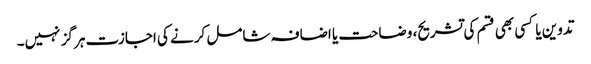
تدوین یا کسی بھی قسم کی تشریح، وضاحت یا اضافہ شامل کرنے کی اجازت ہرگز نہیں۔